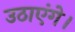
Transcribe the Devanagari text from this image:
उठाएंगे।